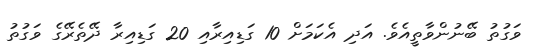
ވަގުތު ބޭނުންވާތީއެވެ. އަދި އެކަމަށް 10 ގަޑިއިރާއި 20 ގަޑިއިރާ ދޭތެރޭގެ ވަގުތު